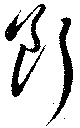
断